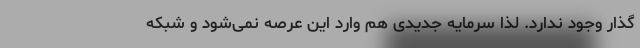
گذار وجود ندارد. لذا سرمایه جدیدی هم وارد این عرصه نمی‌شود و شبکه